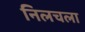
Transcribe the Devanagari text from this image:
निलचला